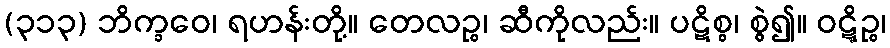
(၃၁၃) ဘိက္ခဝေ၊ ရဟန်းတို့။ တေလဉ္စ၊ ဆီကိုလည်း။ ပဋိစ္စ၊ စွဲ၍။ ဝဋ္ဋိဉ္စ၊